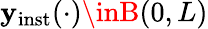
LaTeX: \mathbf{y}_{\mathrm{{inst}}}(\cdot)\inB(0,L)